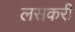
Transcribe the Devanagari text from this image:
लसकरी